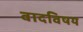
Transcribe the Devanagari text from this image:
वादविषय